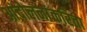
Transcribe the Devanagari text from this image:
आंदोलनांकरिता